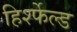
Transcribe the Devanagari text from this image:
हिर्श्फेल्ड